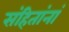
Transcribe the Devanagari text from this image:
संहितांनां